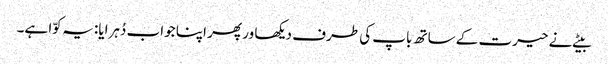
بیٹے نے حیرت کے ساتھ باپ کی طرف دیکھا ور پھر اپنا جواب دُہرایا: یہ کوّا ہے۔